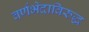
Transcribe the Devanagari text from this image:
वर्णभेदाविरुद्ध